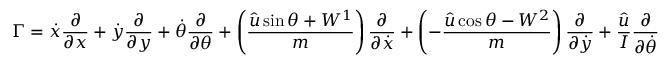
\Gamma = \dot { x } \frac { \partial } { \partial x } + \dot { y } \frac { \partial } { \partial y } + \dot { \theta } \frac { \partial } { \partial \theta } + \left( \frac { \hat { u } \sin \theta + W ^ { 1 } } { m } \right) \frac { \partial } { \partial \dot { x } } + \left( - \frac { \hat { u } \cos \theta - W ^ { 2 } } { m } \right) \frac { \partial } { \partial \dot { y } } + \frac { \hat { u } } { I } \frac { \partial } { \partial \dot { \theta } }